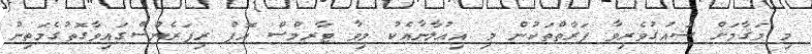
މި މަޤާމަށް ޝައުޤުވެރިވާ ފަރާތްތަކުން މި އިޢުލާނާއެކު މިވާ ޓާރމްސް އޮފް ރިފަރެންސްގައިވާގޮތުގެމަތިން